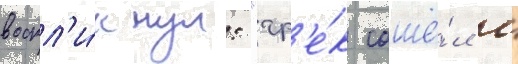
воскл'и́кнул: "гр'е́к сошё́л с